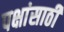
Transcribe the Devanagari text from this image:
पक्षांसाठी